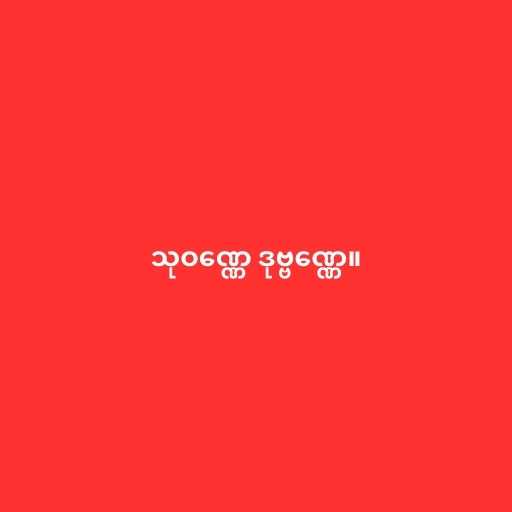
သုဝဏ္ဏေ ဒုဗ္ဗဏ္ဏေ။